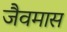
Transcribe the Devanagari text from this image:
जैवमास